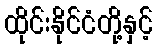
ထိုင်းနိုင်ငံတို့နှင့်